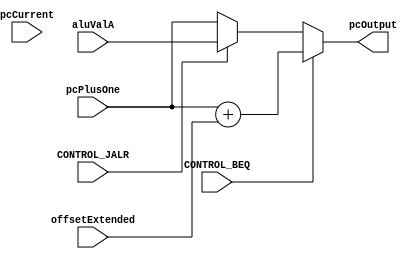
module Program_Mux(
    input [31:0] pcCurrent,
    input [31:0] pcPlusOne,
    input CONTROL_BEQ,
    input [31:0] offsetExtended,
    input CONTROL_JALR,
    input [31:0] aluValA,

    output reg [31:0] pcOutput
); 
 
    always @(pcCurrent, CONTROL_BEQ, CONTROL_JALR) begin
        if (CONTROL_BEQ == 1) begin
            pcOutput = pcPlusOne + offsetExtended;
        end
        else if (CONTROL_JALR == 1) begin
            pcOutput = aluValA;
        end
        else begin
            pcOutput = pcPlusOne;
        end
    end
    
endmodule